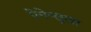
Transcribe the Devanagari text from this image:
पेनेन्सुला